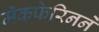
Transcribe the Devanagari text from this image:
मॅकफेरिनने